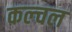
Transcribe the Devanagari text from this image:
कल्चल